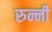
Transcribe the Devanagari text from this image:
रुन्नी